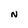
Character: N